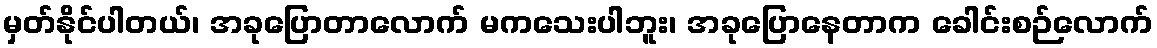
မှတ်နိုင်ပါတယ်၊ အခုပြောတာလောက် မကသေးပါဘူး၊ အခုပြောနေတာက ခေါင်းစဉ်လောက်